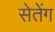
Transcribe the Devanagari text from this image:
सेतेंग